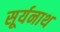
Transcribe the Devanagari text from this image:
सूर्यनाथ